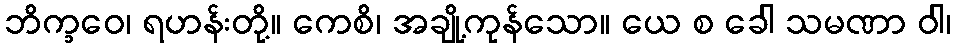
ဘိက္ခဝေ၊ ရဟန်းတို့။ ကေစိ၊ အချို့ကုန်သော။ ယေ စ ခေါ သမဏာ ဝါ၊